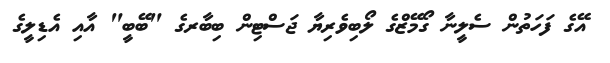
އޭގެ ފަހަތުން ސެލީނާ ގޯމޭޒްގެ ލޯބިވެރިޔާ ޖަސްޓިން ބިބާރގެ "ބޭބީ" އާއި އެޑިލީގެ